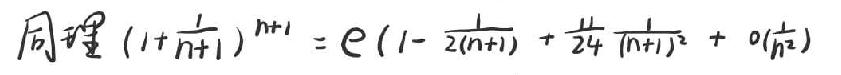
同理\(\left(1+\frac{1}{n+1}\right)^{n+1}=\mathrm{e}\left(1-\frac{1}{2(n+1)}+\frac{1}{24}\frac{1}{(n+1)^{2}}+o\left(\frac{1}{n^{2}}\right)\right)\)